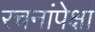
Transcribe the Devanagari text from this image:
रचनांपेक्षा